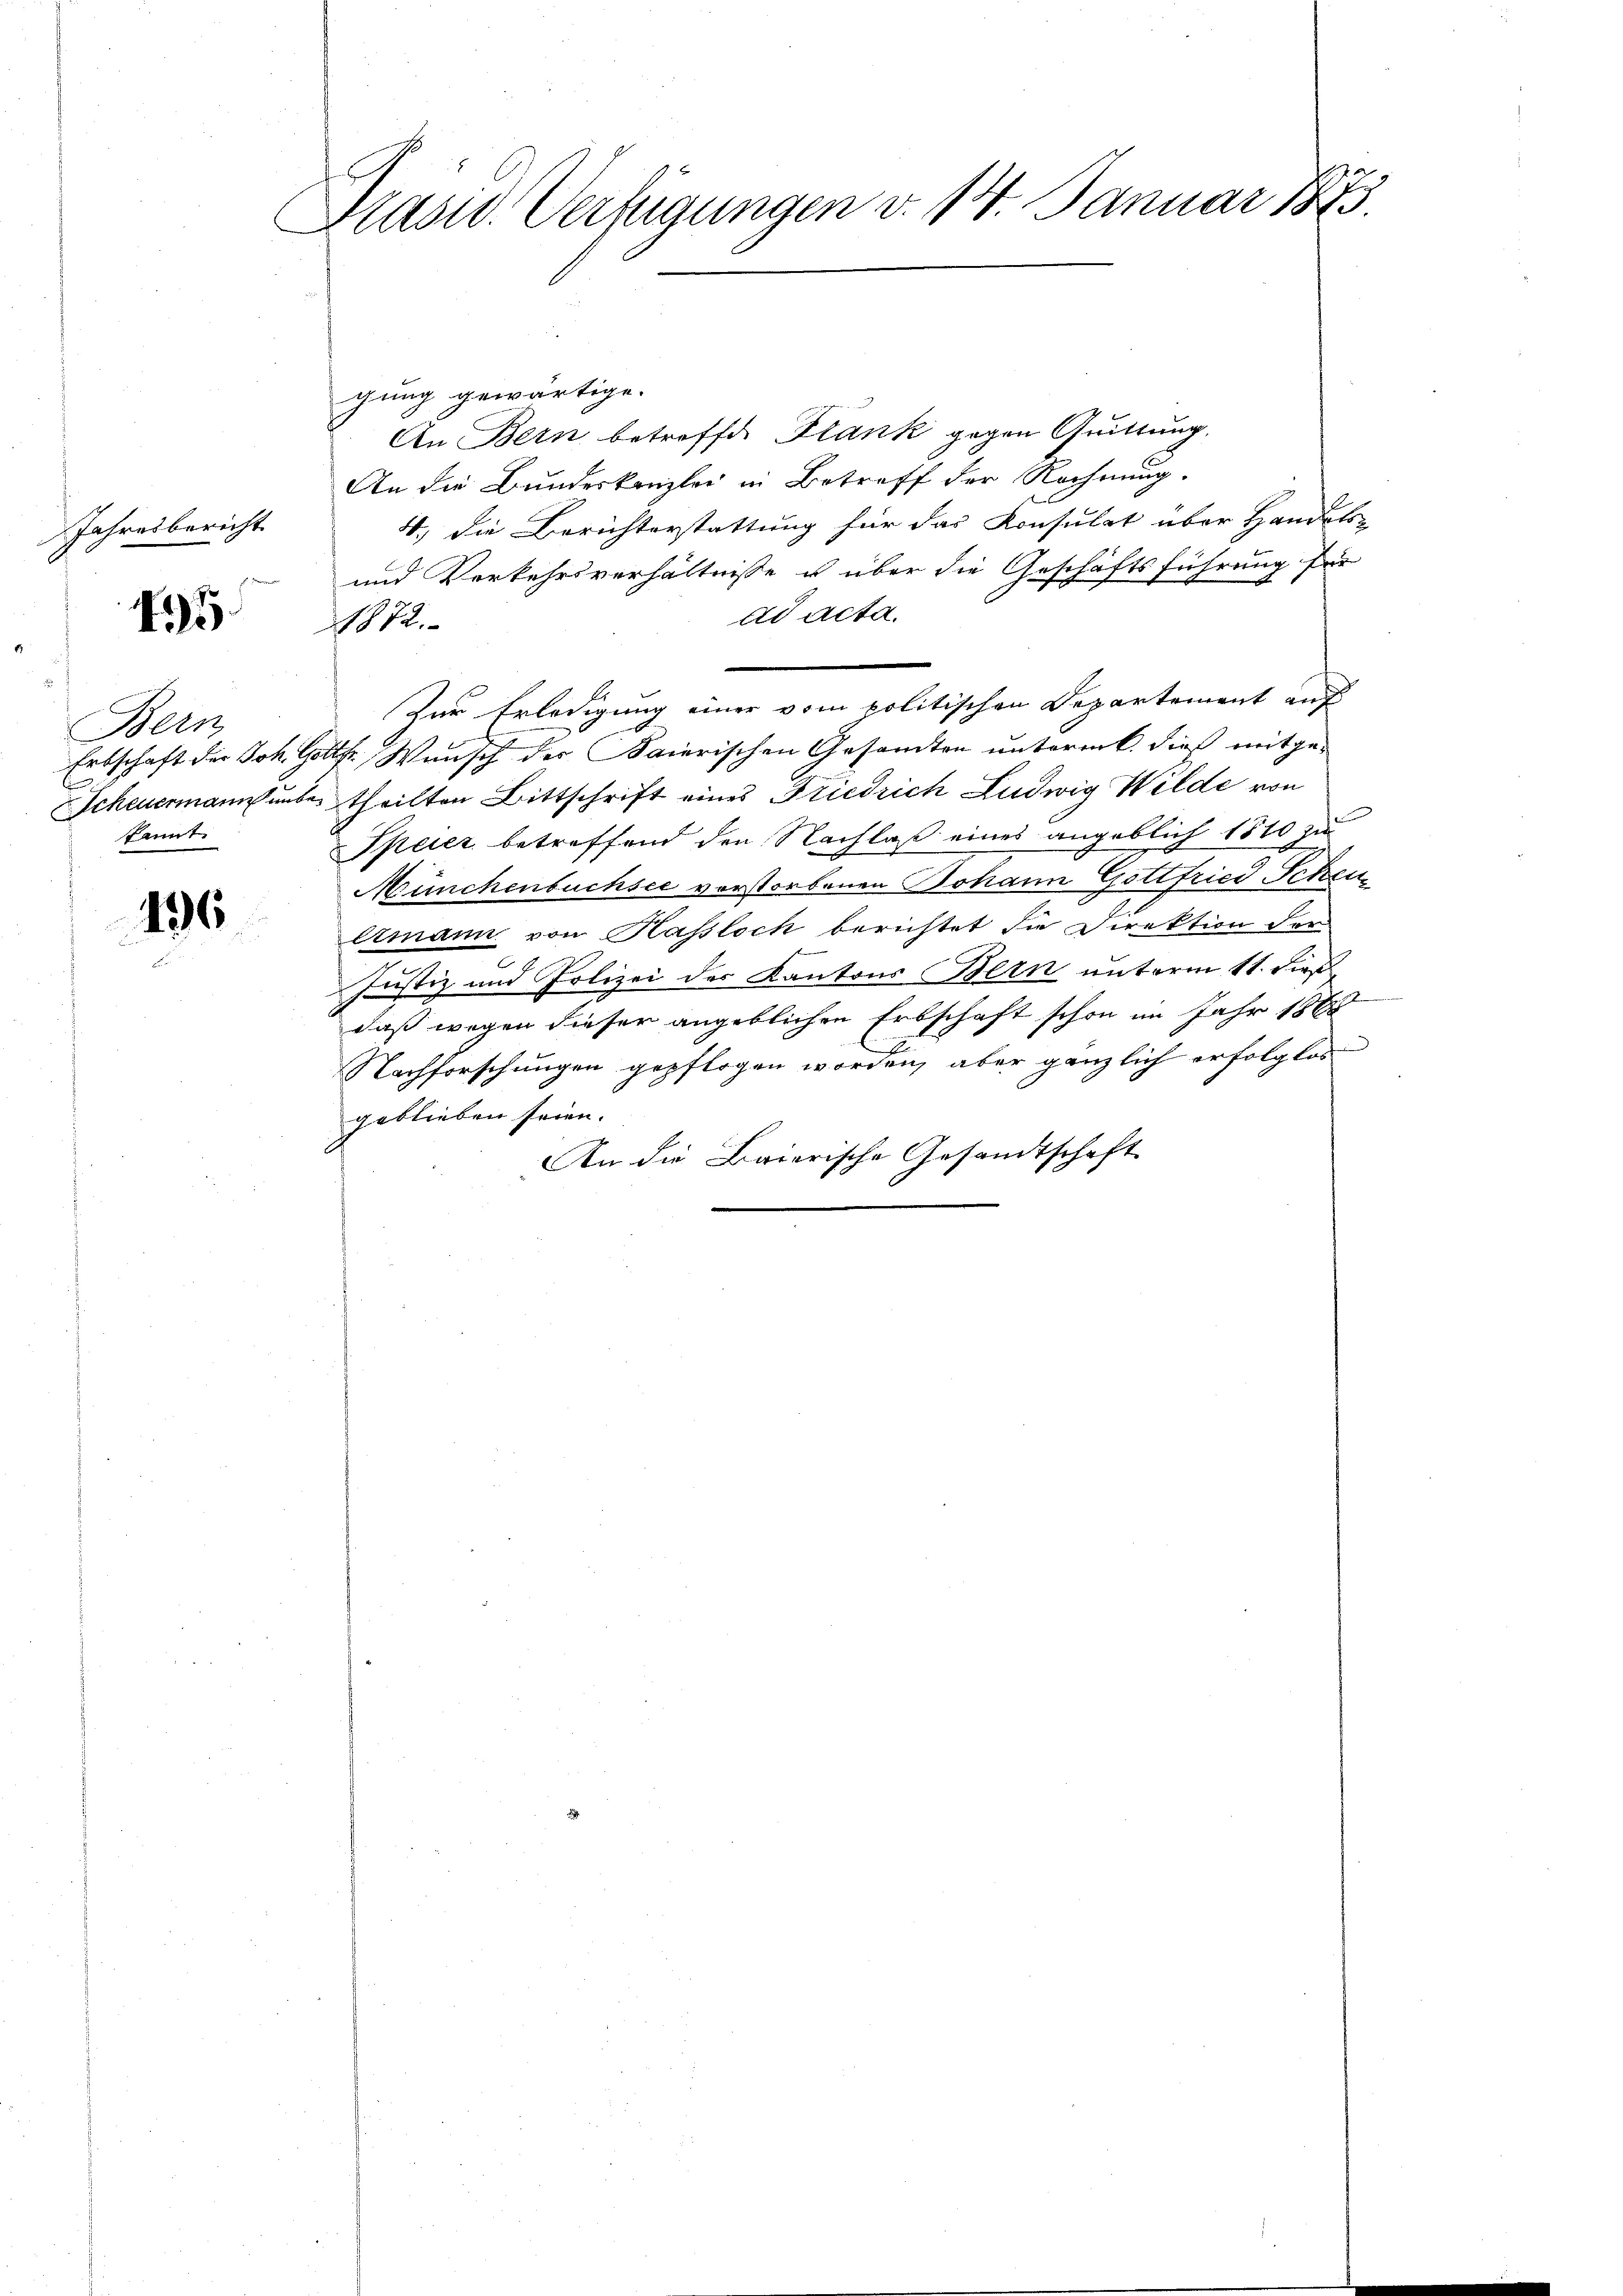
Jahresbericht

45

Bern
Gr.
kannt

136

Präsid. Verfügungen v. 14. Januar 1873.

gung gewärtige.
An Bern betreffe. Blank gegen Quittung.
An die Bundeskanzlei in Betreff der Rechnung.
4.) Die Berichterstattung für das Konsulat über Handels-
und Verkehrsverhältnisse u über die Geschäftsführung für
ad acta.
1872.
Zur Erledigung einer vom politischen Departement auf
Erbschaft der Joh. Gottfr. Wunsch der Baierischen Gesandten untermik dieß mitge-
Scheuermann unbe theilten Bittschrift eines Friedrich Ludwig Wilde von
Speier betreffend den Nachlaß eines angeblich 1810 zu
Münchenbuchsee vorstorbenen Johann Gottfried Schen
lmann von Hassloch berichtet die Direktion der
e
Justiz und Polizei der Kantons Bern unterm 11. dies
daß wegen dieser angeblichen Erbschaft schon im Jahr 1888
Nachforschungen gepflogen worden, aber gänzlich erfolglos
geblieben seien. |
An die Baierische Gesandtschaft